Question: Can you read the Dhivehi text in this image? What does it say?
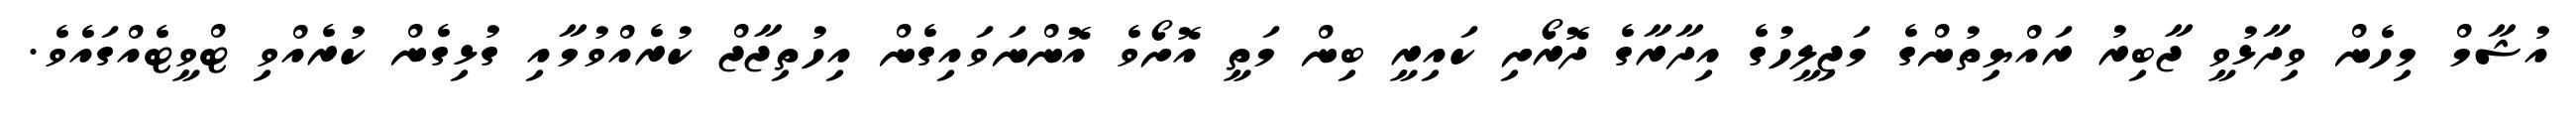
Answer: އުޝާމް މިހެން ވިދާޅުވީ ޖާބިރު ރައްޔިތުންގެ މަޖިލީހުގެ އިދާރާގެ ދޮރޯށި ކައިރީ ބިން މަތީ އޮށޯވެ އޮންނަވައިގެން އިހުތިޖާޖް ކުރެއްވުމާއި ގުޅިގެން ކުރެއްވި ޓްވީޓެއްގައެވެ.